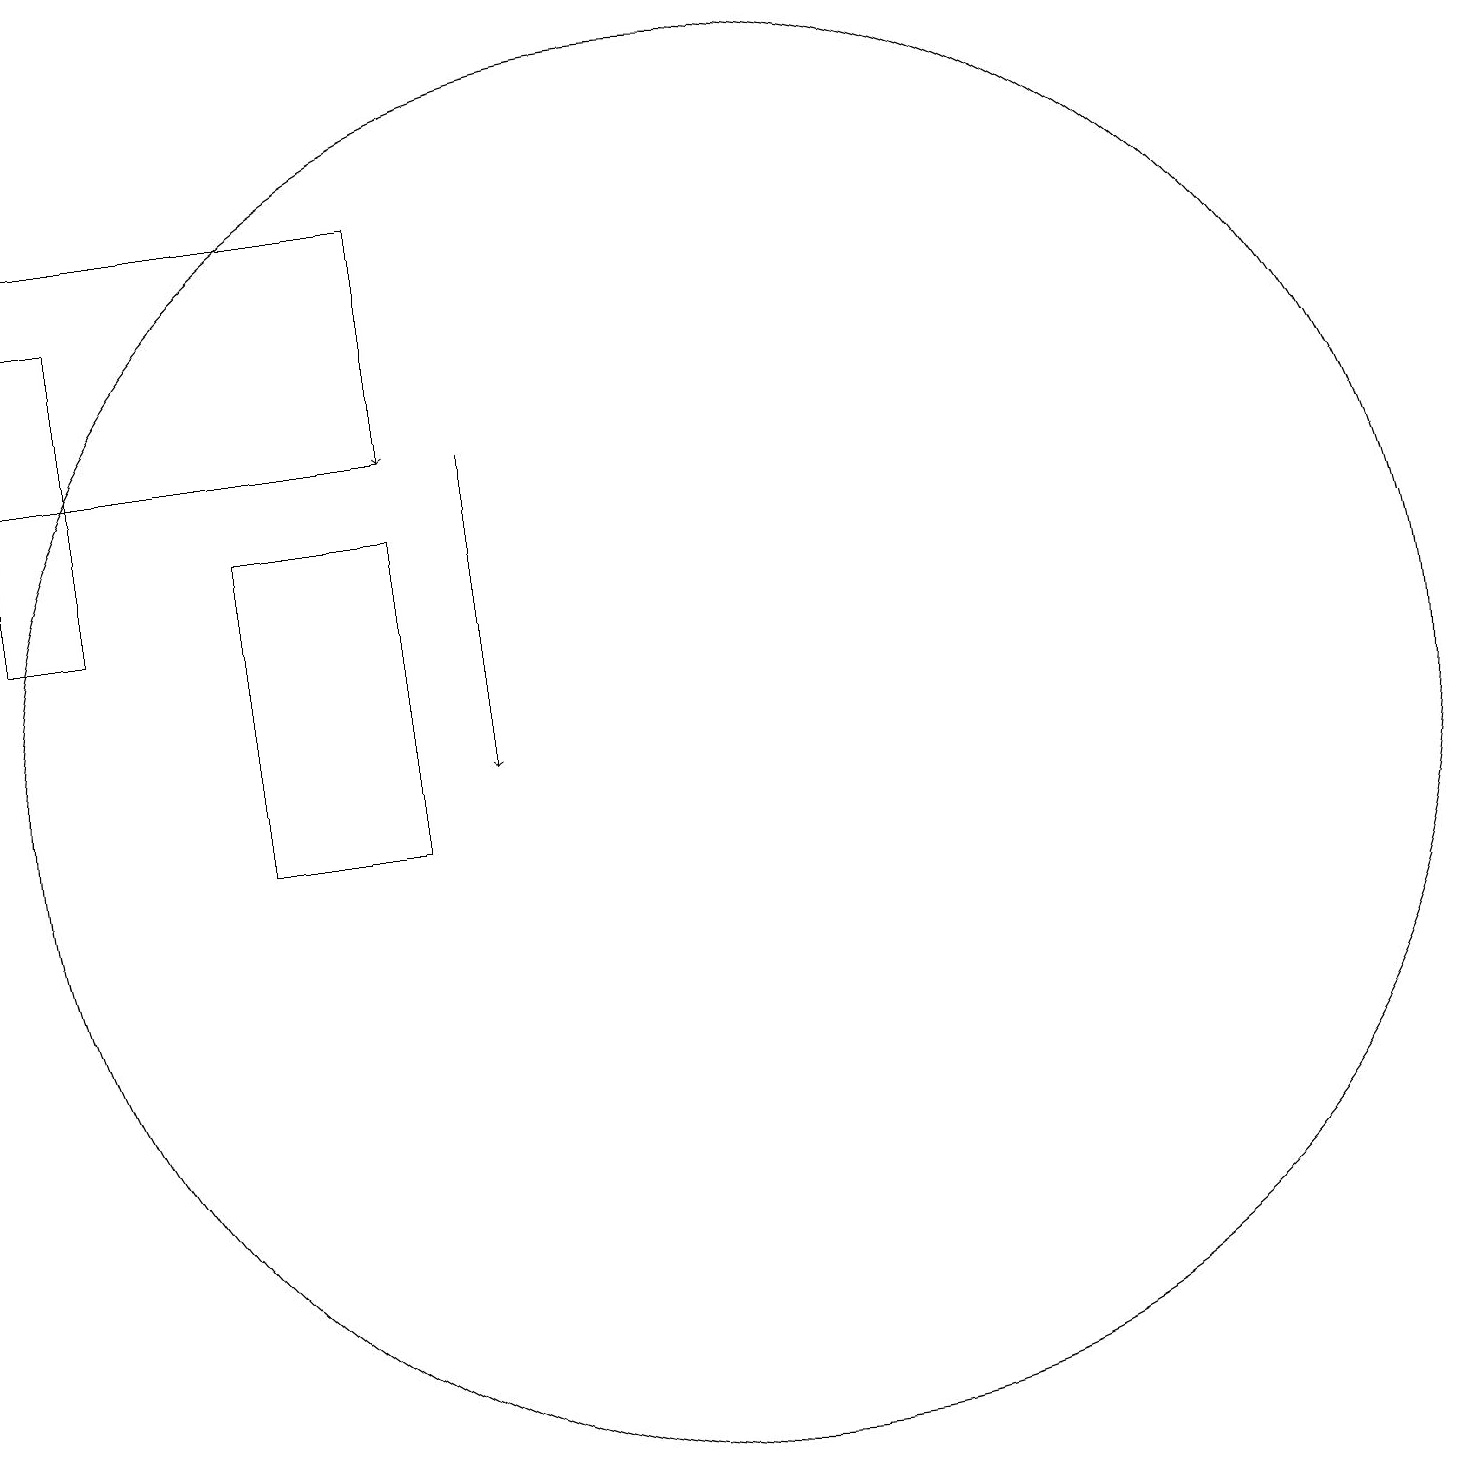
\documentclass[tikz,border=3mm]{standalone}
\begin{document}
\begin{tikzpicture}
\draw (11,12) circle (9);
\draw[->] (7,19) -- (7,16);
\draw (2,14) rectangle (3,18);
\draw (2,19) rectangle (7,16);
\draw[->] (8,16) -- (8,12);
\draw (7,11) rectangle (5,15);
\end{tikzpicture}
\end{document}